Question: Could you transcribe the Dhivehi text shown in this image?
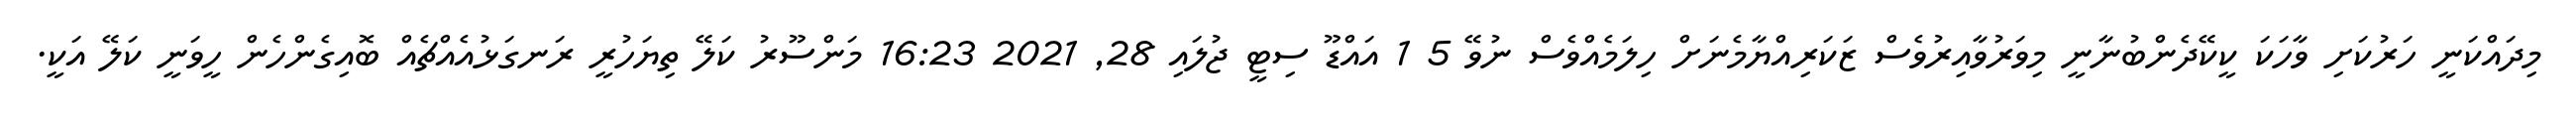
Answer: މިދައްކަނީ ހަރުކަށި ވާހަކަ ކީކޭދެންބުނާނީ މިވަރުވާއިރުވެސް ޒަކަރިއްޔާމެނަށް ހިލަމެއްވެސް ނުވޭ 5 1 އައްޑޫ ސިޓީ ޖުލައި 28, 2021 16:23 މަންސޫރު ކަލޭ ތިޔަހުރީ ރަނގަޅުއެއްޗެއް ބޮއިގެންހެން ހީވަނީ ކަލޭ އަކީ.